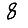
Digit: 8